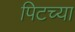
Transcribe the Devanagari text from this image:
पिटच्या